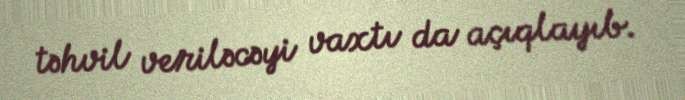
təhvil veriləcəyi vaxtı da açıqlayıb.